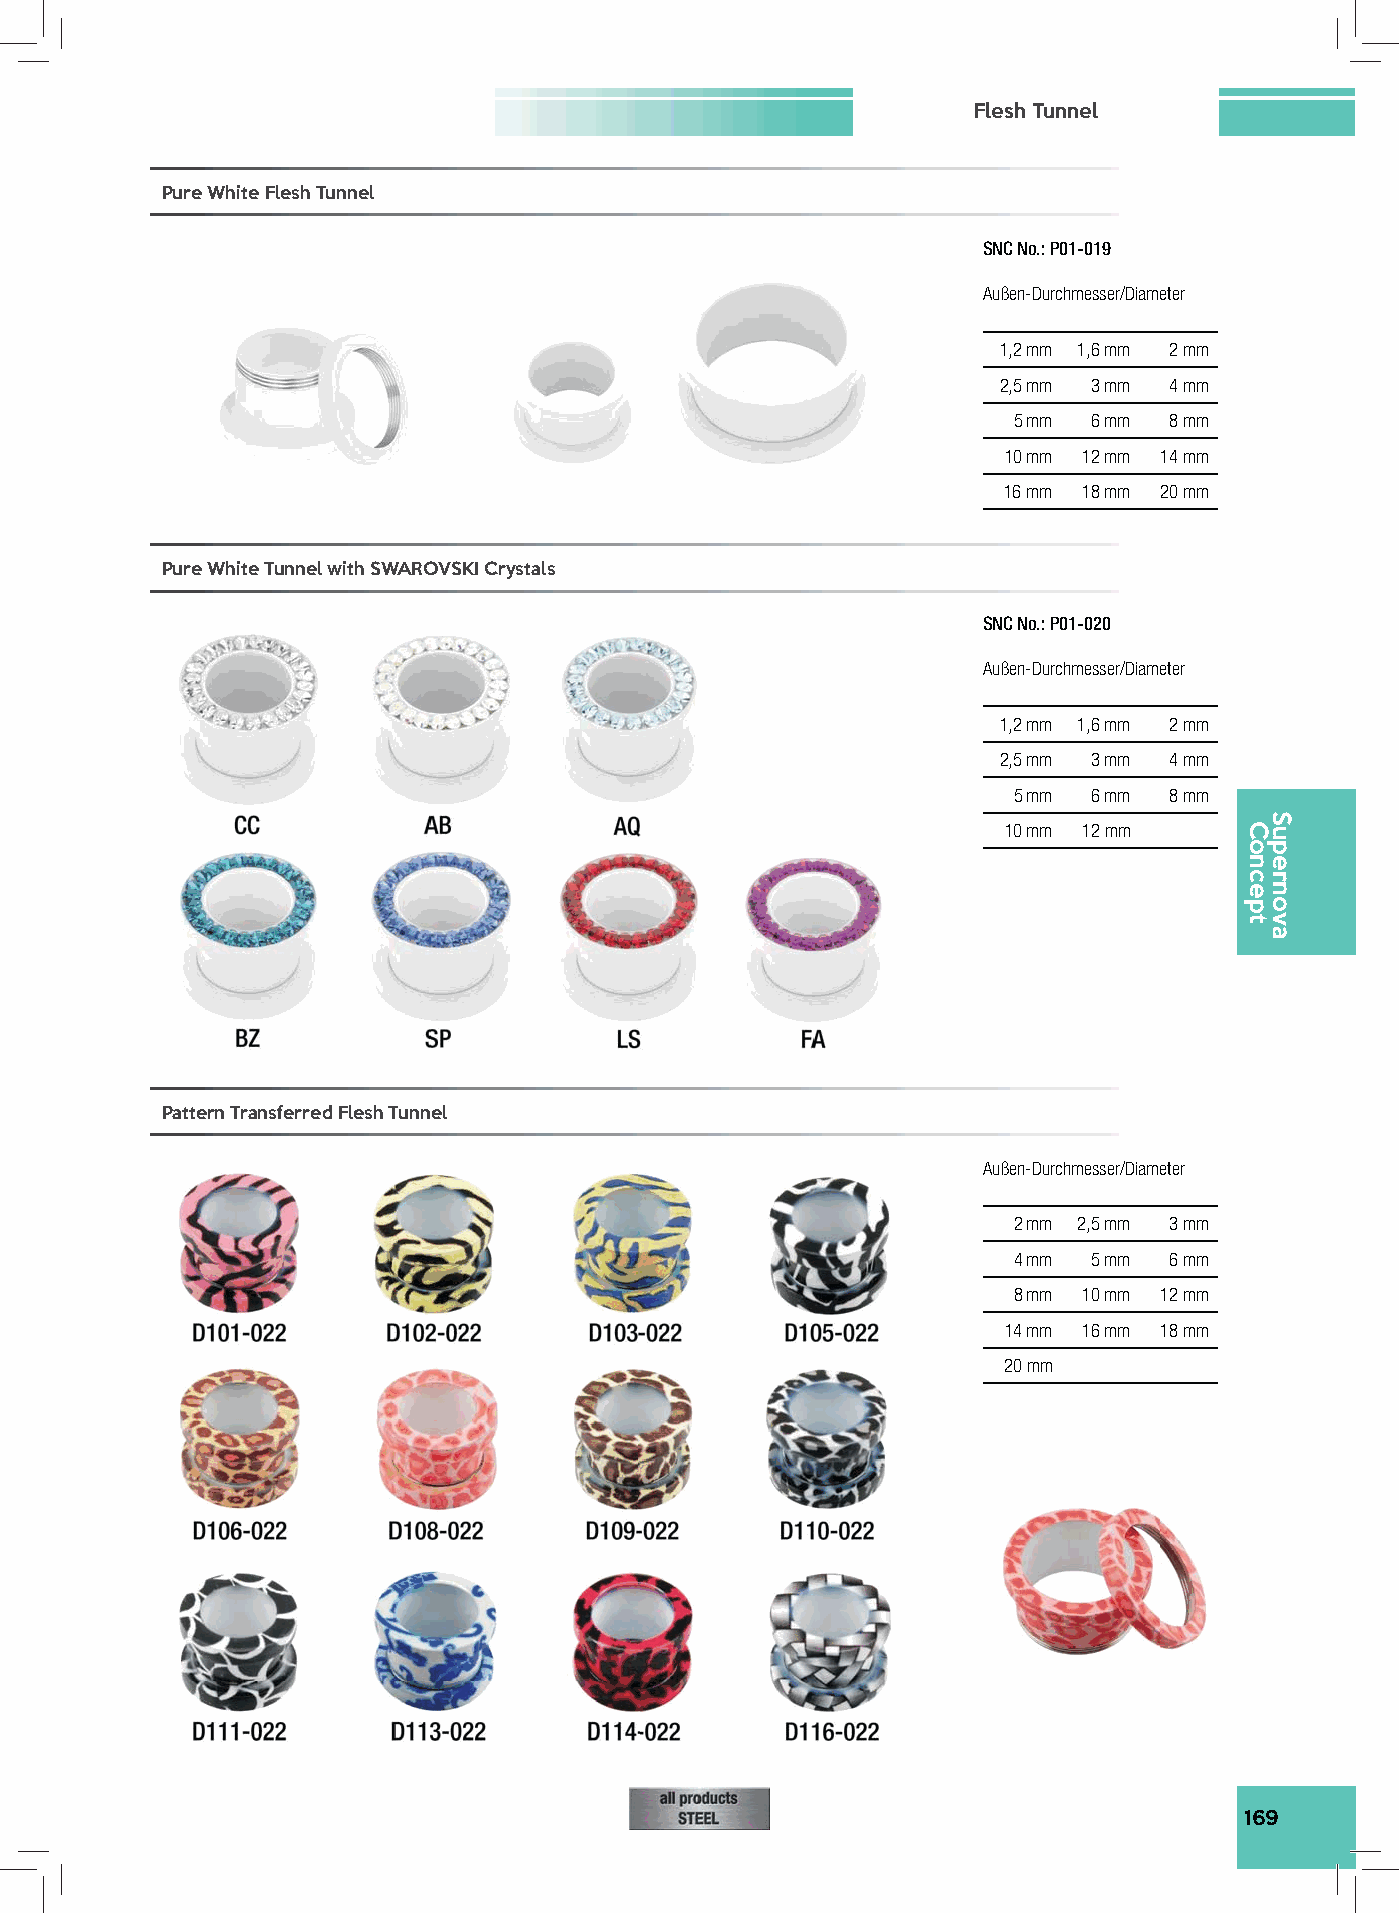
Flesh Tunnel
 Pure White Flesh Tunnel
 SNC No.: P01-019
 Außen-Durchmesser/Diameter
 1,2 mm 1,6 mm 2 mm
 2,5 mm 3 mm 4 mm
 5 mm 6 mm 8 mm
 10 mm 12 mm 14 mm
 16 mm 18 mm 20 mm
 Pure White Tunnel with SWAROVSKI Crystals
 SNC No.: P01-020
 Außen-Durchmesser/Diameter
 1,2 mm 1,6 mm 2 mm
 2,5 mm 3 mm 4 mm
 5 mm 6 mm 8 mm
 10 mm 12 mm
 Pattern Transferred Flesh Tunnel
 Außen-Durchmesser/Diameter
 2 mm 2,5 mm 3 mm
 4 mm 5 mm 6 mm
 8 mm 10 mm 12 mm
 14 mm 16 mm 18 mm
 20 mm
 169
 Concept
 Supernova